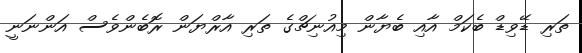
ތަރި ޑޭވިޑް ބެކަމް އާއި ބެޔާން މިއުނިޗްގެ ތަރި އާރްޔަން ރޮބެންވެސް އަންނަނީ